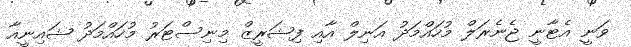
ވަނީ އެޓާނީ ޖެނެރަލް މުހައްމަދު އަނިލް އާއި ފިޝަރީޒް މިނިސްޓަރު މުހައްމަދު ޝައިނީއާ